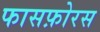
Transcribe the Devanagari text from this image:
फासफ़ोरस